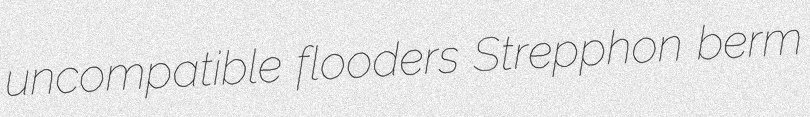
uncompatible flooders Strepphon berm